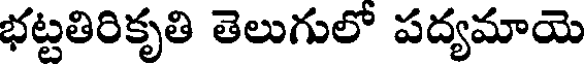
భట్టతిరికృతి తెలుగులో పద్యమాయె